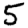
Digit: 5